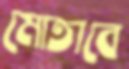
মোতাবে